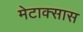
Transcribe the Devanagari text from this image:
मेटाक्सास